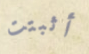
أثبتت